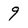
Character: 9